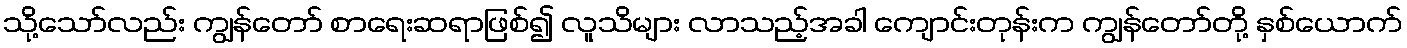
သို့သော်လည်း ကျွန်တော် စာရေးဆရာဖြစ်၍ လူသိများ လာသည့်အခါ ကျောင်းတုန်းက ကျွန်တော်တို့ နှစ်ယောက်